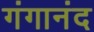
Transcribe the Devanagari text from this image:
गंगानंद